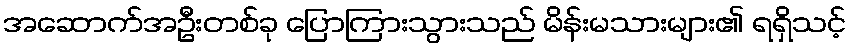
အဆောက်အဦးတစ်ခု ပြောကြားသွားသည် မိန်းမသားများ၏ ရရှိသင့်